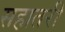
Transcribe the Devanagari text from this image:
सहातरी